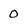
Character: 0